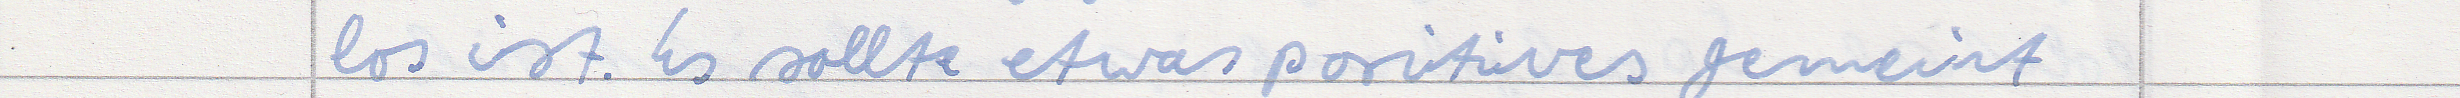
los ist. Es sollte etwas positives gemeint